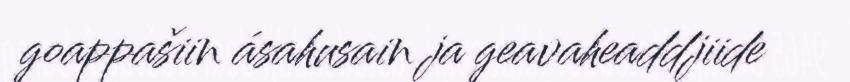
goappašiin ásahusain ja geavaheaddjiide